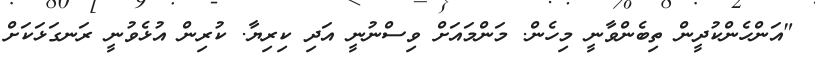
"އަންހެންކުދީން ތިބެންވާނީ މިހެން. މަންމައަށް ވިސްނުނީ އަދި ކިރިޔާ. ކުރިން އުޅެވުނީ ރަނގަޅަކަށް